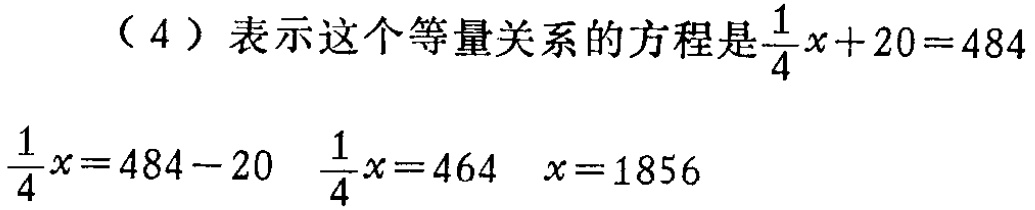
（4）表示这个等量关系的方程是$\frac{1}{4}x + 20 = 484$

$\frac{1}{4}x = 484 - 20$  $\frac{1}{4}x = 464$  $x = 1856$